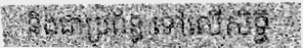
និងជាប្រព័ន្ធ ទៅលើសិទ្ធិ